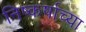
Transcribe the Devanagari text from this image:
निष्कर्षाच्या